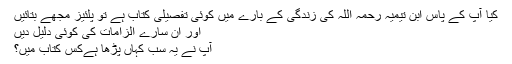
کیا آپ کے پاس ابن تیمیہ رحمہ اللہ کی زندگی کے بارے میں کوئی تفصیلی کتاب ہے تو پلئیز مجھے بتائیں
اور ان سارے الزامات کی کوئی دلیل دیں
آپ نے یہ سب کہاں پڑھا ہےکس کتاب میں؟